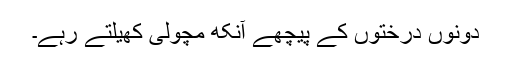
دونوں درختوں کے پیچھے آنکھ مچولی کھیلتے رہے۔